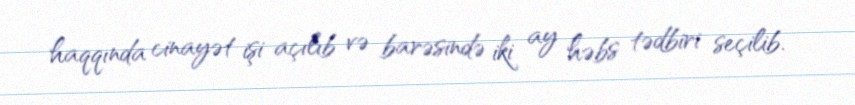
haqqında cinayət işi açılıb və barəsində iki ay həbs tədbiri seçilib.